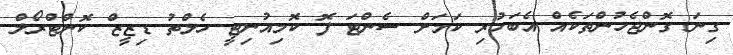
ގިނަ ގޮންޖެހުންތަކެއް އެބަހުރި ކަމަށް ސެންޓަ ފޮ ކޮމިއުނިޓީ ހެލްތު ޑިޒީޒް ކޮންޓްރޯލް